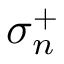
\sigma _ { n } ^ { + }